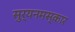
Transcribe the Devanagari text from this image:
सुर्यनमस्कार